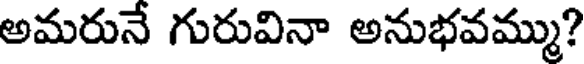
అమరునే గురువినా అనుభవమ్ము?